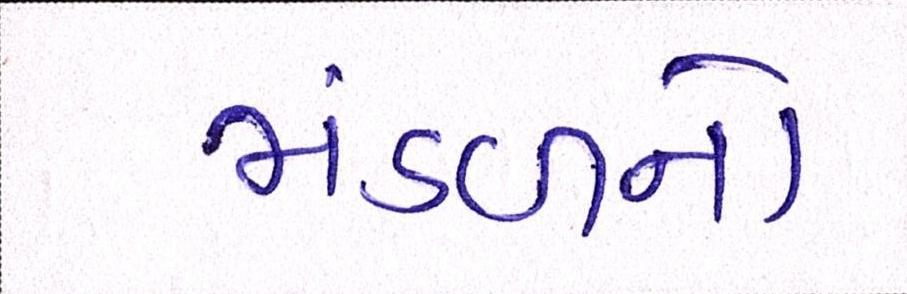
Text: મંડળનો